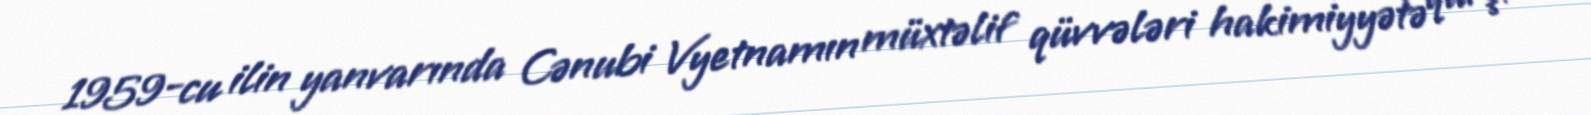
1959-cu ilin yanvarında Cənubi Vyetnamın müxtəlif qüvvələri hakimiyyətə qarşı